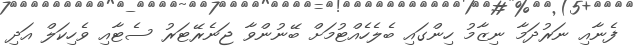
ފެނާއި ނަރުދަމާ ނިޒާމު ހިންގައި ބެލެހެއްޓުމަށް ބޭނުންވާ ޖަނެރޭޓަރު ސެޓާއި ވެހިކަލް އަދި